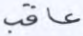
عاقب